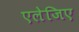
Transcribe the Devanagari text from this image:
एलेजिए